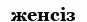
женсіз